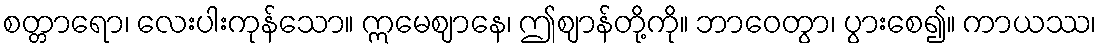
စတ္တာရော၊ လေးပါးကုန်သော။ ဣမေဈာနေ၊ ဤဈာန်တို့ကို။ ဘာဝေတွာ၊ ပွားစေ၍။ ကာယဿ၊